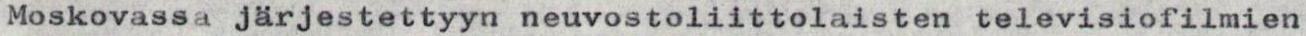
Moskovassa järjestettyyn neuvostoliittolaisten televisiofilmien